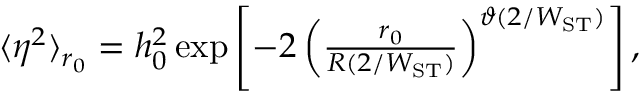
\begin{array} { r } { \langle \eta ^ { 2 } \rangle _ { r _ { 0 } } = h _ { 0 } ^ { 2 } \exp \left[ - 2 \left( \frac { r _ { 0 } } { R ( 2 / W _ { \mathrm { S T } } ) } \right) ^ { \vartheta ( 2 / W _ { \mathrm { S T } } ) } \right] , } \end{array}